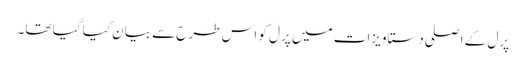
پرل کے اصلی دستاویزات میں پرل کو اس طرح سے بیان کیا گیا تھا۔